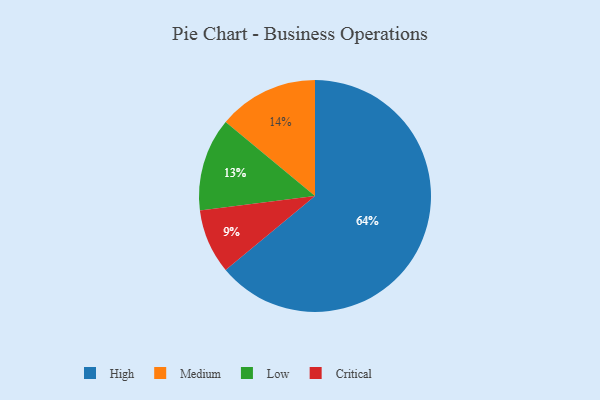
{"axis": {"x": "Category", "y": "Percentage"}, "legend": ["Critical", "High", "Low", "Medium"], "data": [{"x": "Low", "y": 13, "type": "Low"}, {"x": "High", "y": 64, "type": "High"}, {"x": "Critical", "y": 9, "type": "Critical"}, {"x": "Medium", "y": 14, "type": "Medium"}]}